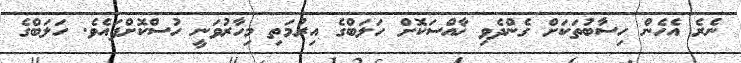
ނެރެ އެހެން ހިސާބުތަކަށް ގެންދެވި ޚާއްސަކޮށް ހަލަބްގެ އިރުމަތި މިހާރުވަނީ ހުސްކޮށްފައެވެ. ހަލަބްގެ